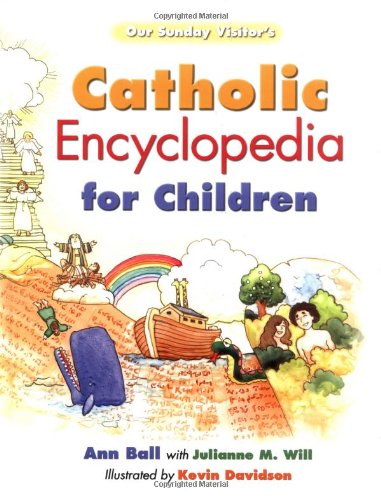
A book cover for Our Sunday Visitor's Catholic Encyclopedia for Children; Ann Ball; Reference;